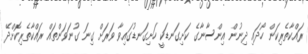
ރައްކާތެރިކަން ހޯދައި ދިނުން އިންސާނާގެ ކަށިގަނޑަކީ ހަށިގަނޑުގައިވާ ވަރަށް ގިނަ ގުނަވަންތައް ރައްކާތެރިކޮށްދޭ